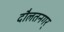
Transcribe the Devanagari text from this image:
दौलतनगर्